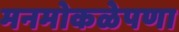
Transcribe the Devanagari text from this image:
मनमोकळेपणा